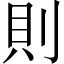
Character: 則